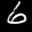
Label: 6